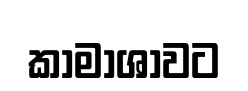
කාමාශාවට